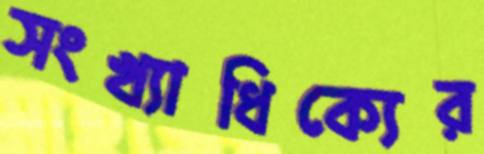
সংখ্যাধিক্যের